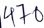
Text: 470